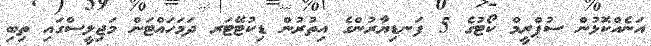
އަނެއްކޮޅުން ސުޕްރީމް ކޯޓުގެ 5 ފަނޑިޔާރުންގެ އިތުރުން ޑިކުޓޭޓަރ ދަމަހައްޓަން މަޖިލީސްގައި ތިބި